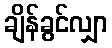
ချိန်ခွင်လျှာ